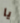
يا